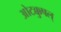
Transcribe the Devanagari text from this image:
ओटक्कुषल्